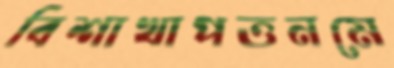
বিশাখাপত্তনমে